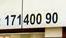
17140090